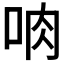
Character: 𪠼